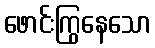
ဖောင်းကြွနေသော